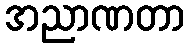
အညာဏတာ